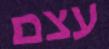
עצם